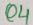
Text: Q4